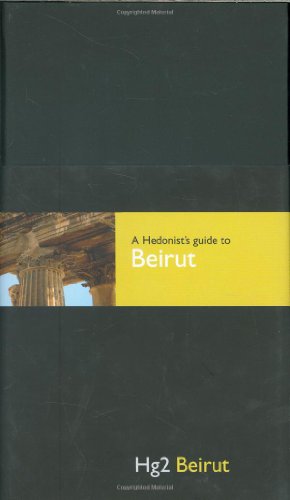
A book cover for Hedonist's Guide To Beirut 1st Edition (A Hedonist's Guide to...); Ramsay Short; Travel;